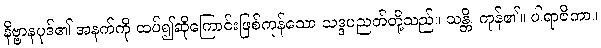
နိဗ္ဗာနပုဒ်၏ အနက်ကို ထပ်၍ဆိုကြောင်းဖြစ်ကုန်သော သဒ္ဒပညတ်တို့သည်။ သန္တိ၊ ကုန်၏။ ပါရာဇိကာ။